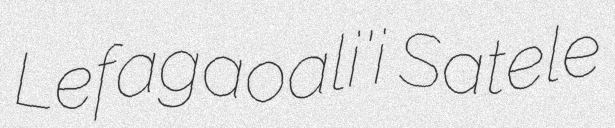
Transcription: Lefagaoali'i Satele